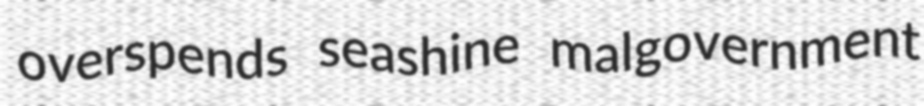
overspends seashine malgovernment